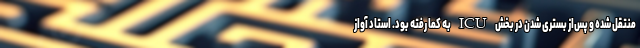
منتقل شده و پس‌از بستری شدن در بخش ICU به کما رفته بود. استاد آواز